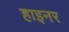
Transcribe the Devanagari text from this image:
हाइनर